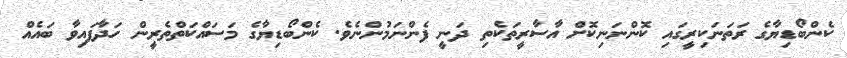
ކެންބޯޑިޔާގެ ރަތަނަކިރީގައި ކޮންނަނިކޮށް އާސާރީތަކެތި ދަނީ ފެންނަމުންނެވެ. ކެންބޯޑިޔާގެ މަސައްކަތްތެރީން ހަދާފައިވާ ބައެއް